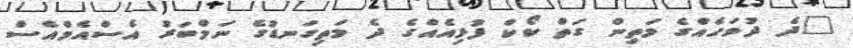
"ދެ ދުވަހެއްގެ މަތިން ގަތް ކޯކް ފުޅިއެއްގެ ދެ މަތިގަނޑުގެ ނަމްބަރު އެސްއެމްއެސް